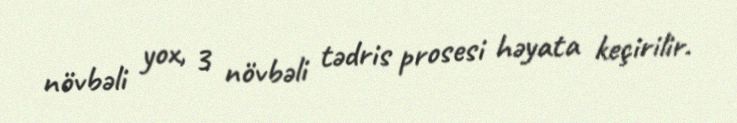
növbəli yox, 3 növbəli tədris prosesi həyata keçirilir.